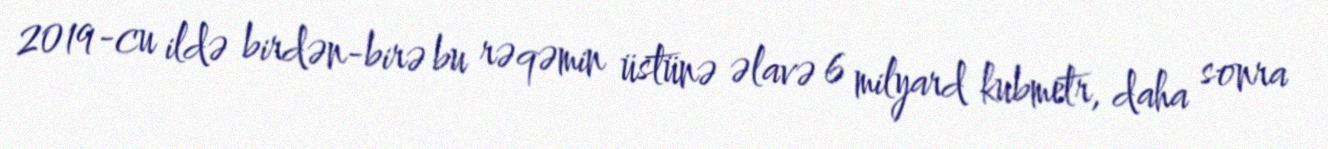
2019-cu ildə birdən-birə bu rəqəmin üstünə əlavə 6 milyard kubmetr, daha sonra